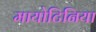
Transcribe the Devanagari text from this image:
मायोटिनिया